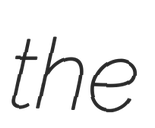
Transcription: the